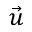
\vec { u }